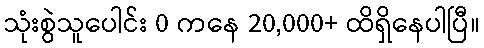
သုံးစွဲသူပေါင်း 0 ကနေ 20,000+ ထိရှိနေပါပြီ။